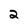
Character: 2